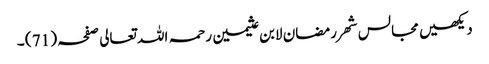
دیکھیں مجالس شھر رمضان لابن عثیمین رحمہ اللہ تعالی صفحہ ( 71 ) ۔